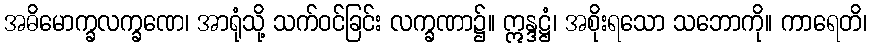
အဓိမောက္ခလက္ခဏေ၊ အာရုံသို့ သက်ဝင်ခြင်း လက္ခဏာ၌။ ဣန္ဒဋ္ဌံ၊ အစိုးရသော သဘောကို။ ကာရေတိ၊